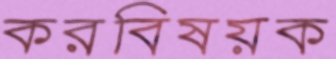
করবিষয়ক